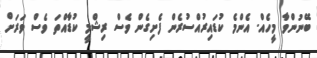
ބޭނުންވާ މީހެއް. އެންމެ ކުޑައިރުއްސުރެން ފެށިގެން ވެސް ރިޝްމީ ކުޑާއްތަ ވެސް ވަރަށް